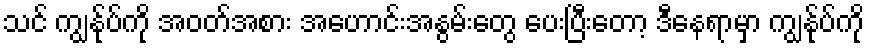
သင် ကျွန်ုပ်ကို အဝတ်အစား အဟောင်းအနွမ်းတွေ ပေးပြီးတော့ ဒီနေရာမှာ ကျွန်ုပ်ကို